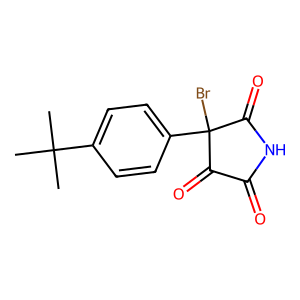
SMILES: CC(C)(C)c1ccc(C2(Br)C(=O)NC(=O)C2=O)cc1
Inhibits HIV replication: No